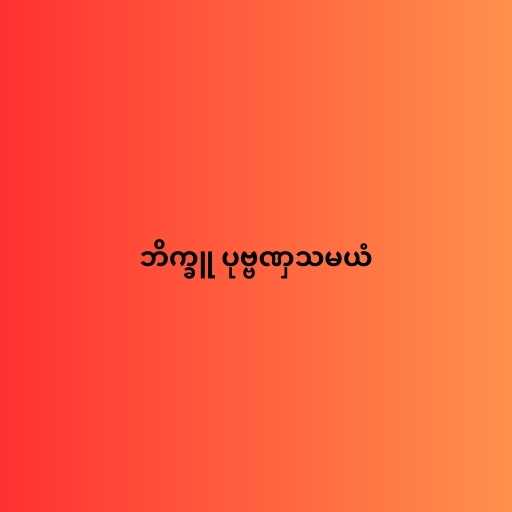
ဘိက္ခူ ပုဗ္ဗဏှသမယံ